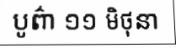
បូព៌ា ១១ មិថុនា